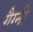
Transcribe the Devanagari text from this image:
गैग्नी